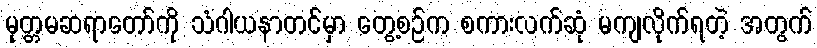
မုတ္တမဆရာတော်ကို သံဂါယနာတင်မှာ တွေ့စဉ်က စကားလက်ဆုံ မကျလိုက်ရတဲ့ အတွက်